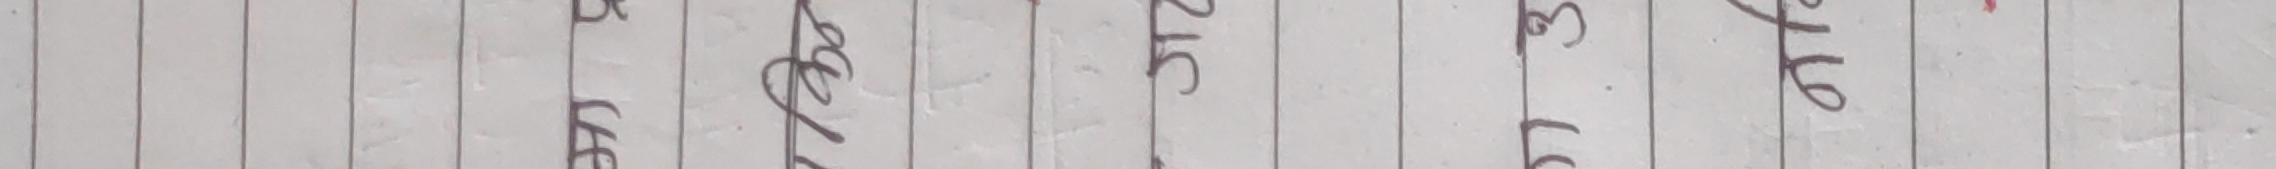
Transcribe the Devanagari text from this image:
अनुसार